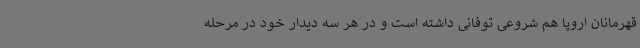
قهرمانان اروپا هم شروعی توفانی داشته است و در هر سه دیدار خود در مرحله